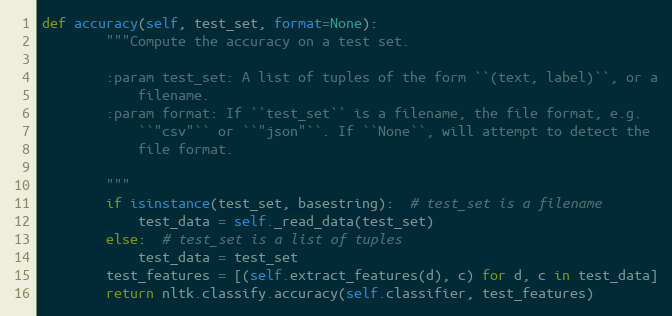
Language: Python
def accuracy(self, test_set, format=None):
        """Compute the accuracy on a test set.

        :param test_set: A list of tuples of the form ``(text, label)``, or a
            filename.
        :param format: If ``test_set`` is a filename, the file format, e.g.
            ``"csv"`` or ``"json"``. If ``None``, will attempt to detect the
            file format.

        """
        if isinstance(test_set, basestring):  # test_set is a filename
            test_data = self._read_data(test_set)
        else:  # test_set is a list of tuples
            test_data = test_set
        test_features = [(self.extract_features(d), c) for d, c in test_data]
        return nltk.classify.accuracy(self.classifier, test_features)